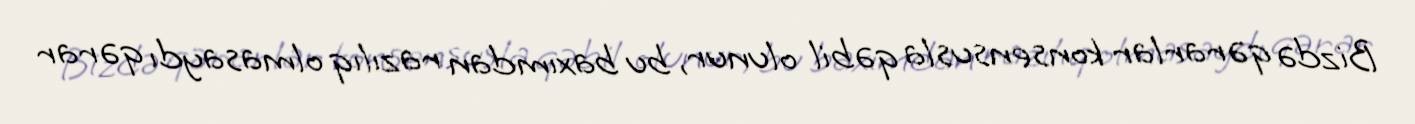
Bizdə qərarlar konsensusla qəbil olunur, bu baxımdan razılıq olmasaydı qərar